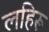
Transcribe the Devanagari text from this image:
लहिरू